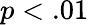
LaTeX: p<.01